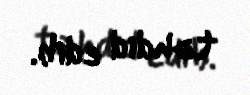
təhdid edib.